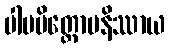
ပါပမိတ္တောပနိဿာယ